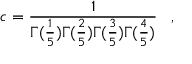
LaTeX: c = \frac { 1 } { \Gamma ( \frac { 1 } { 5 } ) \Gamma ( \frac { 2 } { 5 } ) \Gamma ( \frac { 3 } { 5 } ) \Gamma ( \frac { 4 } { 5 } ) } \, \, \, \, \, ,